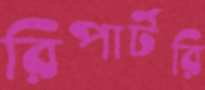
রিপার্টরি